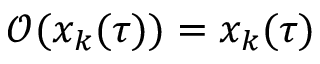
\mathcal { O } ( x _ { k } ( \tau ) ) = x _ { k } ( \tau )